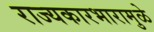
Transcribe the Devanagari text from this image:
राज्यकारभारामुळे